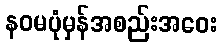
နဝမပုံမှန်အစည်းအဝေး